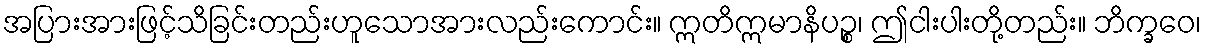
အပြားအားဖြင့်သိခြင်းတည်းဟူသောအားလည်းကောင်း။ ဣတိဣမာနိပဉ္စ၊ ဤငါးပါးတို့တည်း။ ဘိက္ခဝေ၊